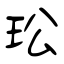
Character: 玜